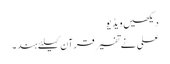
دیکھیں ویڈیو
علی نے تفسیر قرآن کیلئے ہند ۔